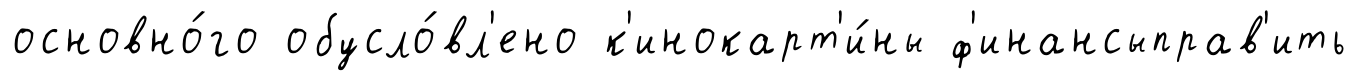
основно́го обусло́вл'ено к'инокарт'и́ны ф'инансыправ'ить